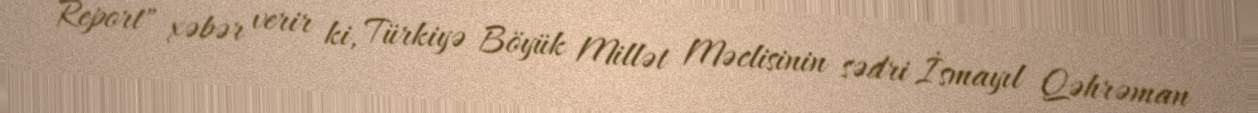
Report" xəbər verir ki, Türkiyə Böyük Millət Məclisinin sədri İsmayıl Qəhrəman